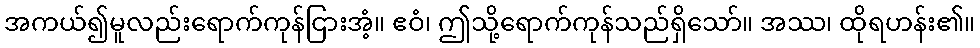
အကယ်၍မူလည်းရောက်ကုန်ငြားအံ့။ ဧဝံ၊ ဤသို့ရောက်ကုန်သည်ရှိသော်။ အဿ၊ ထိုရဟန်း၏။